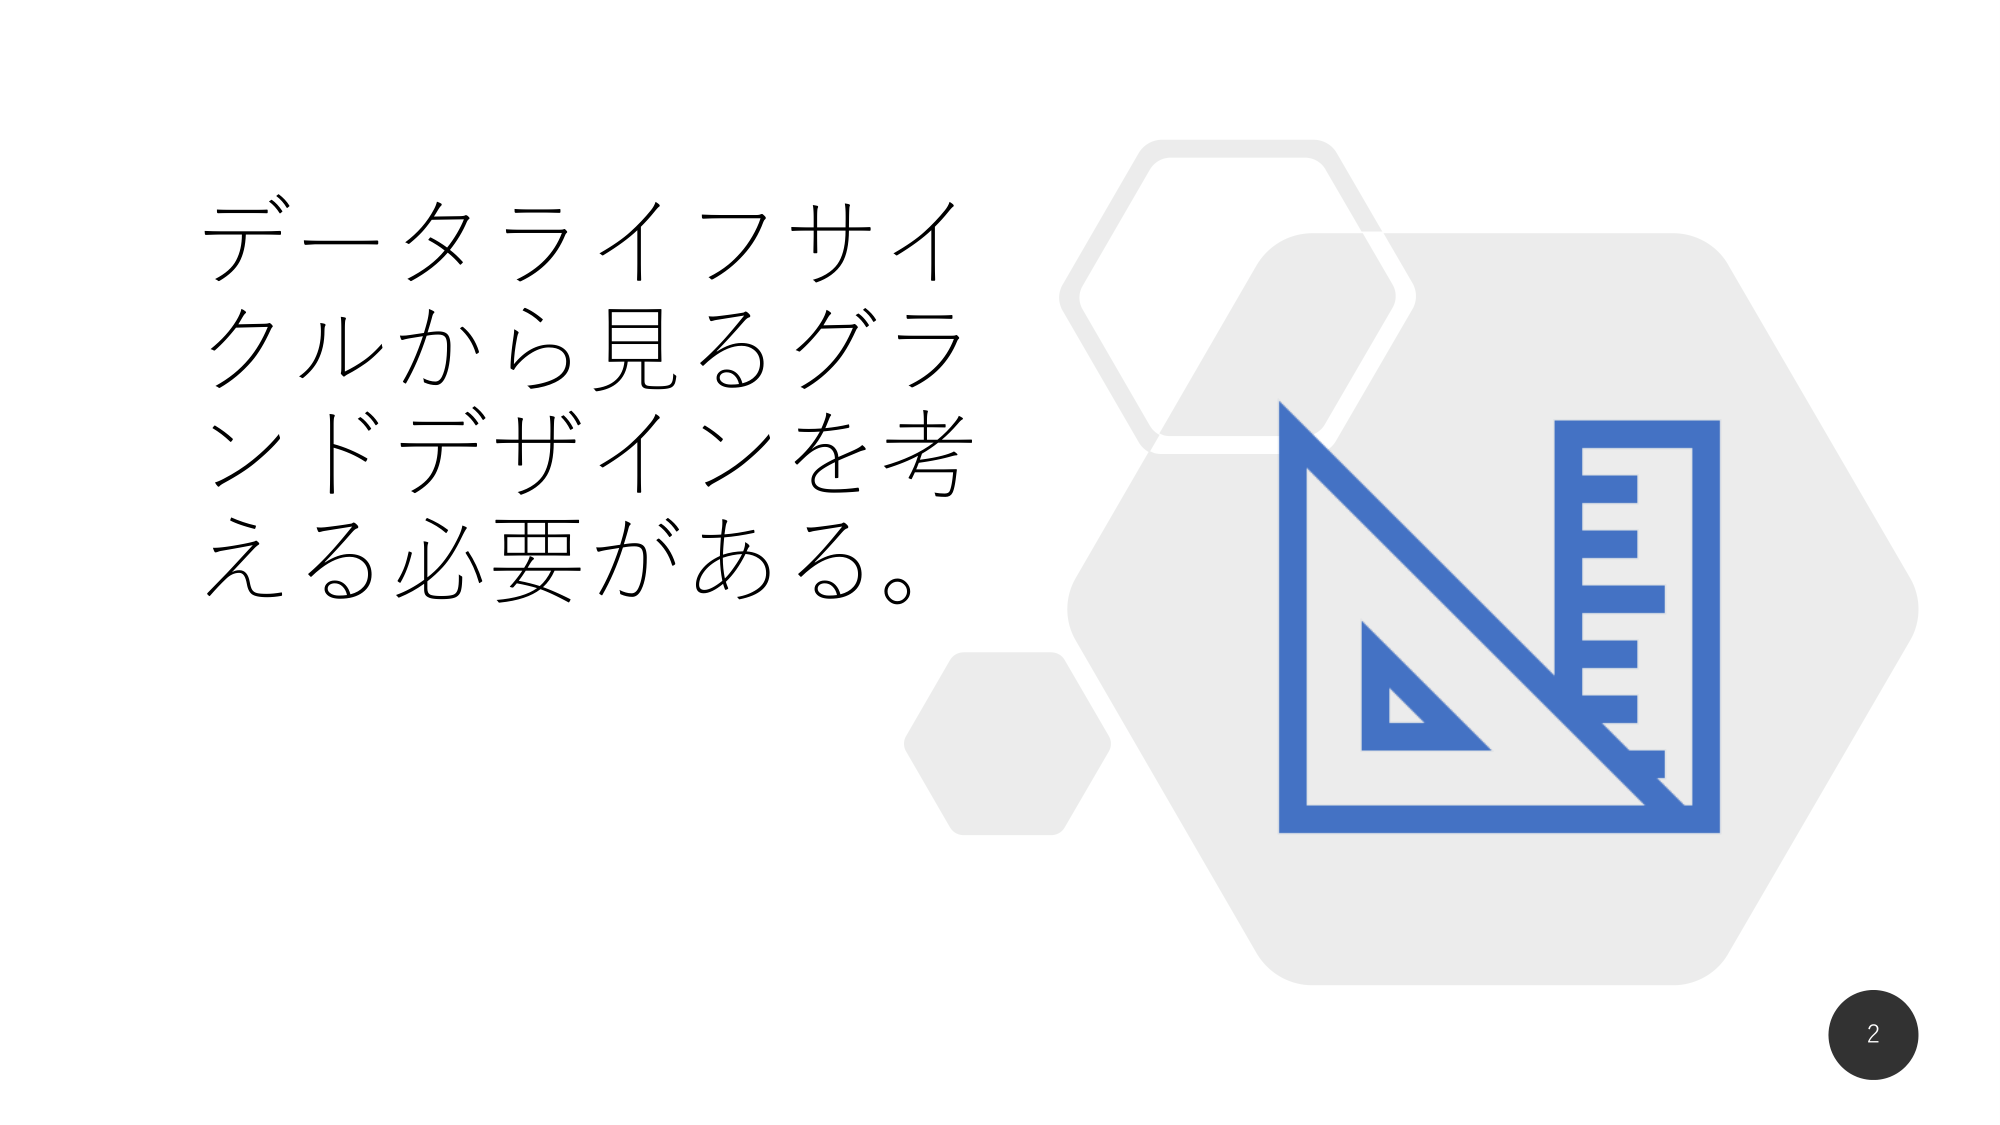
データライフサイクルから見るデザインを考慮する必要がある。
2